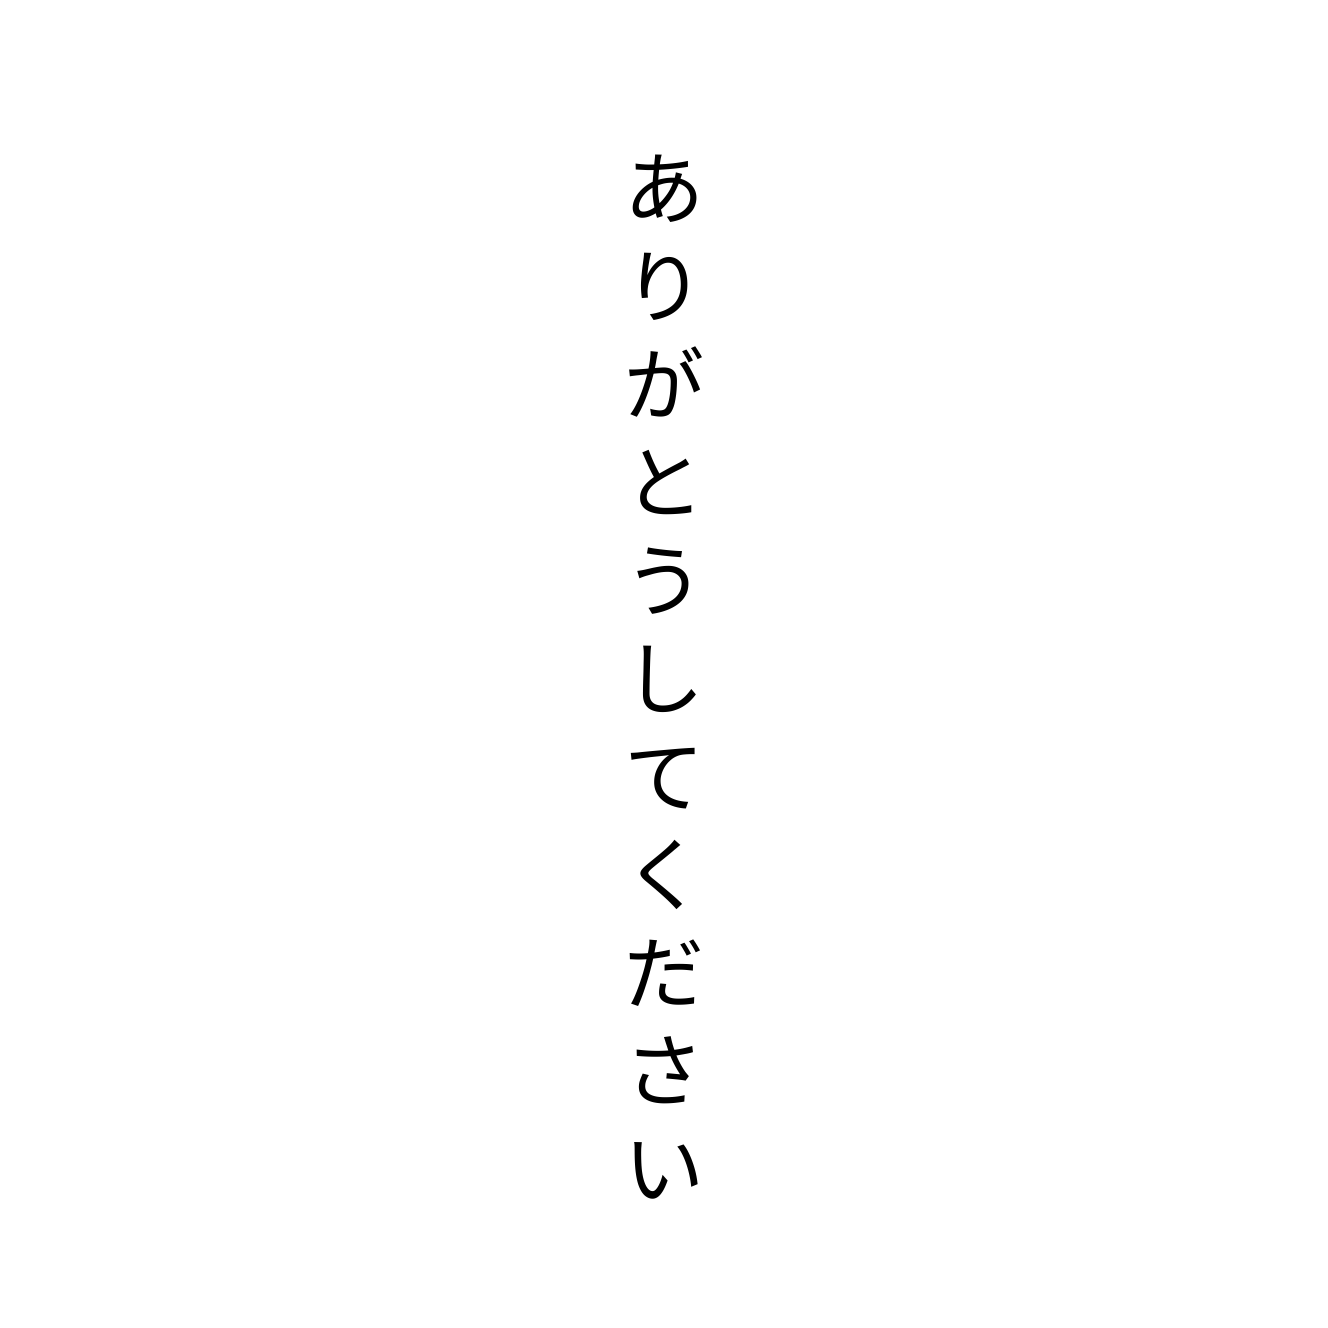
ありがとうしてください